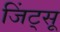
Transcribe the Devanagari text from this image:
जिंट्सू